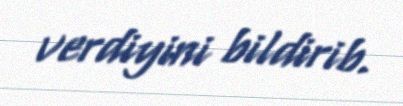
verdiyini bildirib.